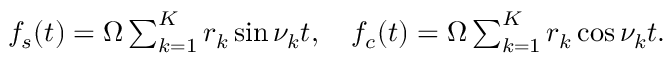
\begin{array} { r } { f _ { s } ( t ) = \Omega \sum _ { k = 1 } ^ { K } r _ { k } \sin \nu _ { k } t , \quad f _ { c } ( t ) = \Omega \sum _ { k = 1 } ^ { K } r _ { k } \cos \nu _ { k } t . } \end{array}